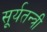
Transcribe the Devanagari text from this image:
सूर्यतन्त्री